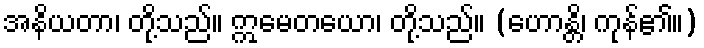
အနိယတာ၊ တို့သည်။ ဣမေတယော၊ တို့သည်။ (ဟောန္တိ၊ ကုန်၏။)